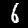
Label: 6